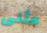
مثلى